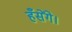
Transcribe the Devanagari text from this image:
हँसेंगे।